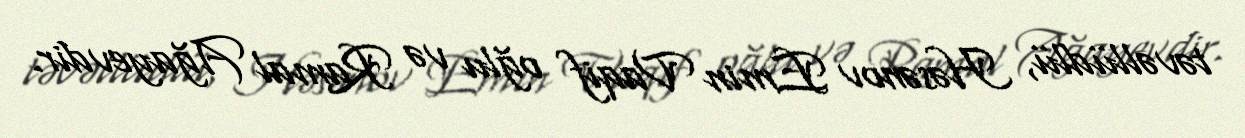
təvəllüdlü, Həsənov Emin Vaqif oğlu və Ramal Ağayevdir.